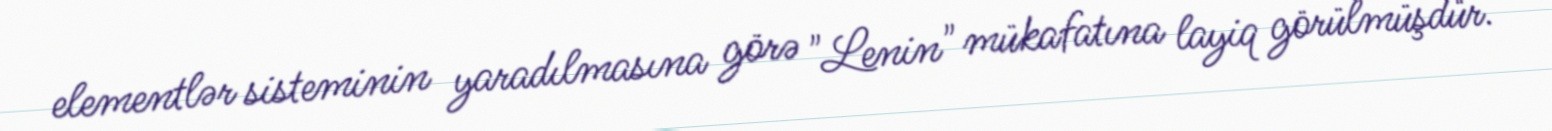
elementlər sisteminin yaradılmasına görə "Lenin" mükafatına layiq görülmüşdür.